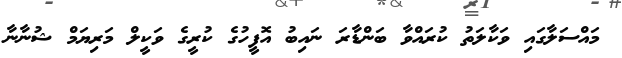
މައްސަލާގައި ވަކާލަތު ކުރައްވާ ބަންޑާރަ ނައިބު އޮފީހުގެ ކުރީގެ ވަކީލް މަރިޔަމް ޝުނާނާ